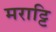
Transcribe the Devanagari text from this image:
मराट्टि